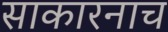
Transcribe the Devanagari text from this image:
साकारनाच